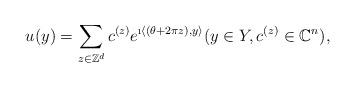
LaTeX: \begin{align*} u(y) = \sum_{z \in \mathbb{Z}^d} c^{(z)} e^{\i \langle(\theta +2\pi z),y\rangle} (y \in Y, c^{(z)} \in \mathbb{C}^n), \end{align*}